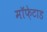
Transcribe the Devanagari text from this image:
मॉफ़ेटाड